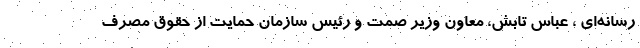
رسانه‌ای ، عباس تابش، معاون وزیر صمت و رئیس سازمان حمایت از حقوق مصرف